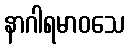
နာဂါရမာဝသေ